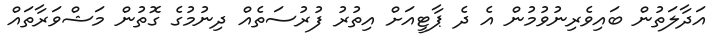
އަދާލަތުން ބައިވެރިނުވުމުން އެ ދެ ޕާޓީއަށް އިތުރު ފުރުސަތެއް ދިނުމުގެ ގޮތުން މަޝްވަރާތައް